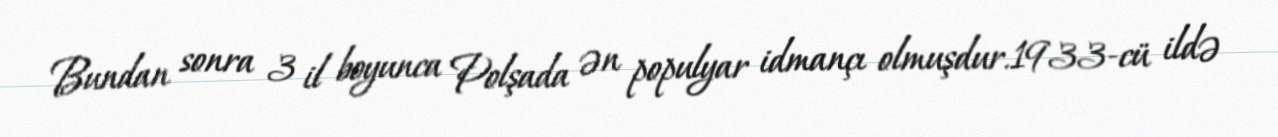
Bundan sonra 3 il boyunca Polşada ən populyar idmançı olmuşdur.1933-cü ildə